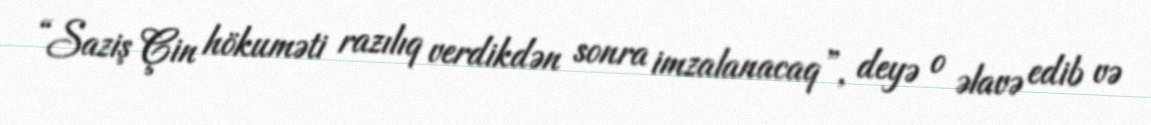
“Saziş Çin hökuməti razılıq verdikdən sonra imzalanacaq”, deyə o əlavə edib və